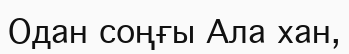
Одан соңғы Ала хан,